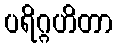
ပရိဂ္ဂဟိတာ